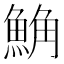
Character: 𩷛